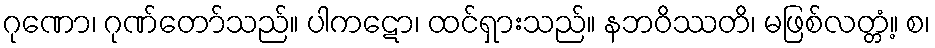
ဂုဏော၊ ဂုဏ်တော်သည်။ ပါကဋော၊ ထင်ရှားသည်။ နဘဝိဿတိ၊ မဖြစ်လတ္တံ့။ စ၊